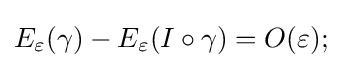
E_{\varepsilon }(\gamma )-E_{\varepsilon }(I\circ \gamma )=O(\varepsilon );